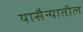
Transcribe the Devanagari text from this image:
यासैन्यातील